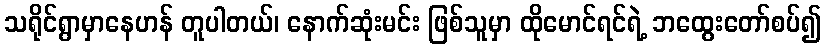
သရိုင်ရွာမှာနေဟန် တူပါတယ်၊ နောက်ဆုံးမင်း ဖြစ်သူမှာ ထိုမောင်ရင်ရဲ့ ဘထွေးတော်စပ်၍